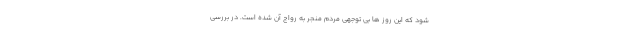
شود که این روز ها بی توجهی مردم منجر به رواج آن شده است. در بررسی